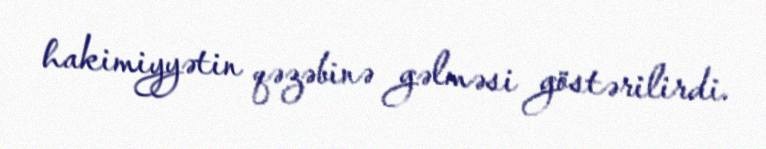
hakimiyyətin qəzəbinə gəlməsi göstərilirdi.